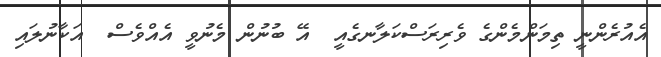
އެއުރެންނީ ތިމަންމެންގެ ވެރިރަސްކަލާނގެއީ  އޭ ބުނުން މެނުވީ އެއްވެސް  އަކާނުލައި